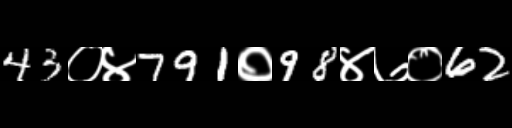
Text: 43०४791०98४७०62